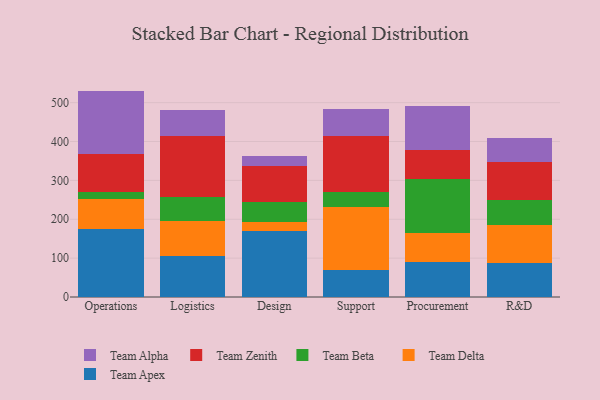
{"axis": {"x": "Department", "y": "Demand Index"}, "legend": ["Team Alpha", "Team Apex", "Team Beta", "Team Delta", "Team Zenith"], "data": [{"x": "Operations", "y": 175.4, "type": "Team Apex"}, {"x": "Operations", "y": 76.6, "type": "Team Delta"}, {"x": "Operations", "y": 17.9, "type": "Team Beta"}, {"x": "Operations", "y": 97.2, "type": "Team Zenith"}, {"x": "Operations", "y": 163.2, "type": "Team Alpha"}, {"x": "Logistics", "y": 104.7, "type": "Team Apex"}, {"x": "Logistics", "y": 90.4, "type": "Team Delta"}, {"x": "Logistics", "y": 63.4, "type": "Team Beta"}, {"x": "Logistics", "y": 156.1, "type": "Team Zenith"}, {"x": "Logistics", "y": 67.7, "type": "Team Alpha"}, {"x": "Design", "y": 170.4, "type": "Team Apex"}, {"x": "Design", "y": 22.0, "type": "Team Delta"}, {"x": "Design", "y": 53.1, "type": "Team Beta"}, {"x": "Design", "y": 91.4, "type": "Team Zenith"}, {"x": "Design", "y": 26.7, "type": "Team Alpha"}, {"x": "Support", "y": 70.7, "type": "Team Apex"}, {"x": "Support", "y": 161.6, "type": "Team Delta"}, {"x": "Support", "y": 38.1, "type": "Team Beta"}, {"x": "Support", "y": 143.0, "type": "Team Zenith"}, {"x": "Support", "y": 69.7, "type": "Team Alpha"}, {"x": "Procurement", "y": 90.7, "type": "Team Apex"}, {"x": "Procurement", "y": 73.8, "type": "Team Delta"}, {"x": "Procurement", "y": 140.3, "type": "Team Beta"}, {"x": "Procurement", "y": 73.3, "type": "Team Zenith"}, {"x": "Procurement", "y": 112.7, "type": "Team Alpha"}, {"x": "R&D", "y": 86.5, "type": "Team Apex"}, {"x": "R&D", "y": 98.5, "type": "Team Delta"}, {"x": "R&D", "y": 65.3, "type": "Team Beta"}, {"x": "R&D", "y": 95.9, "type": "Team Zenith"}, {"x": "R&D", "y": 63.3, "type": "Team Alpha"}]}